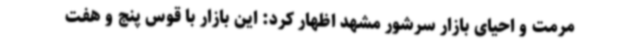
مرمت و احیای بازار سرشور مشهد اظهار کرد: این بازار با قوس پنج و هفت